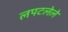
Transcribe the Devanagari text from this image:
लपटलेले